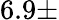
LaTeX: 6.9\pm